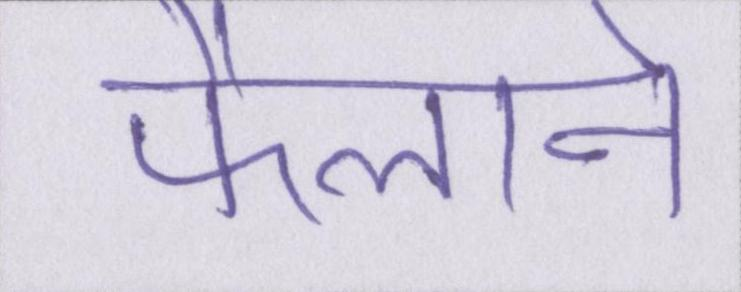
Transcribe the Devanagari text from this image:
फैलाने